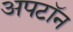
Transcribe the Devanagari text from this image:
अपटॉन